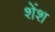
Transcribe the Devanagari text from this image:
शेंश